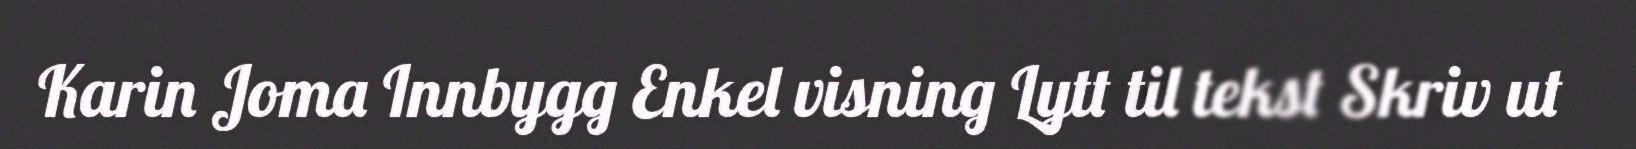
Karin Joma Innbygg Enkel visning Lytt til tekst Skriv ut